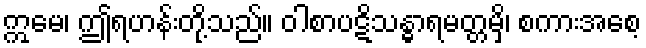
ဣမေ၊ ဤရဟန်းတို့သည်။ ဝါစာပဋိသန္ဓာရမတ္တမှိ၊ စကားအစေ့